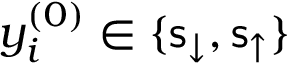
y _ { i } ^ { ( 0 ) } \in \{ \mathsf { s } _ { \downarrow } , \mathsf { s } _ { \uparrow } \}